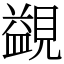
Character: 䚊